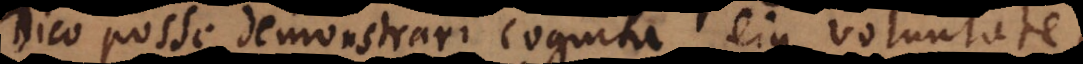
Dico posse demonstrari cognita ejus voluntate,